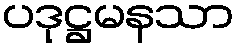
ပဒုဋ္ဌမနသာ